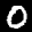
Label: 0